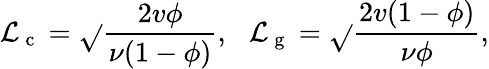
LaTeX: \mathcal{L}_{\mathrm{{~c~}}}=\sqrt{}{{\frac{{2v\phi}}{{\nu(1-\phi)}}}},\, \, \, \, \mathcal{L}_{\mathrm{{~g~}}}=\sqrt{}{{\frac{{2v(1-\phi)}}{{\nu\phi}}}},